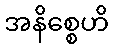
အနိစ္စေဟိ